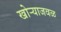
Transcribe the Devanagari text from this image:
खोऱ्याजवळ